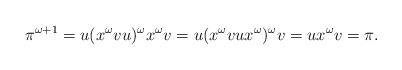
LaTeX: \begin{align*}\pi^{\omega+1}=u(x^{\omega}vu)^{\omega}x^{\omega}v=u(x^{\omega}vux^{\omega})^{\omega}v=ux^{\omega}v=\pi.\end{align*}